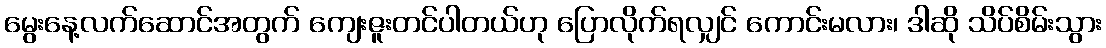
မွေးနေ့လက်ဆောင်အတွက် ကျေးဇူးတင်ပါတယ်ဟု ပြောလိုက်ရလျှင် ကောင်းမလား၊ ဒါဆို သိပ်စိမ်းသွား